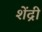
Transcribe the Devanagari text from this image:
शेंद्री